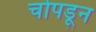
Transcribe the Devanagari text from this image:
चोपडून